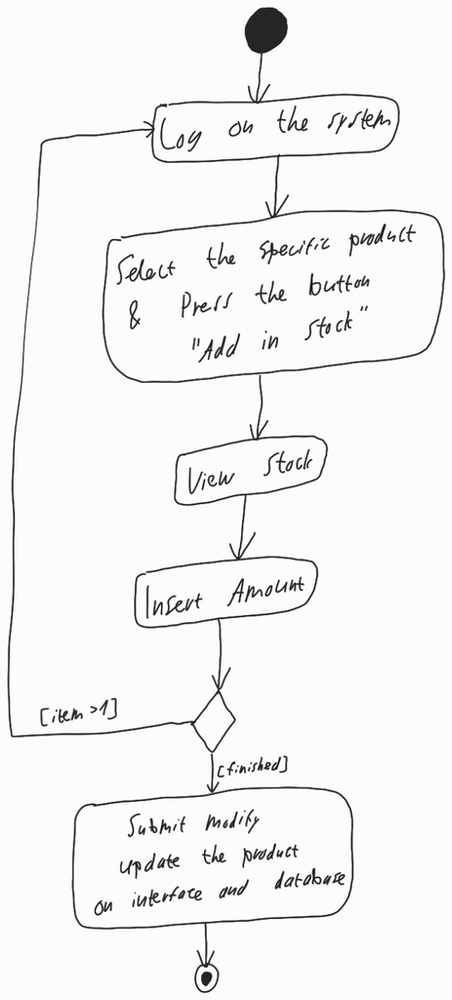
Diagram type: activity_diagram
```plantuml
@startuml

start

repeat:Log on the system;

:Select the specific product & Press the button "Add in Stock";

:View Stock;

:Insert Amount;

repeat while () is ([item > 1]) not ([finished])

:Submit modify update the product on interface and database;

stop

@enduml
```